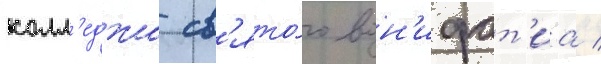
колл'еджа св'ято́го вон'ифат'иа /